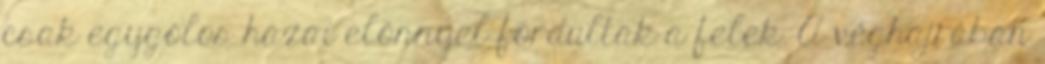
csak egygólos hazai előnnyel fordultak a felek. A véghajrában